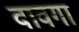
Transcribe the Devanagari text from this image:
वावगा